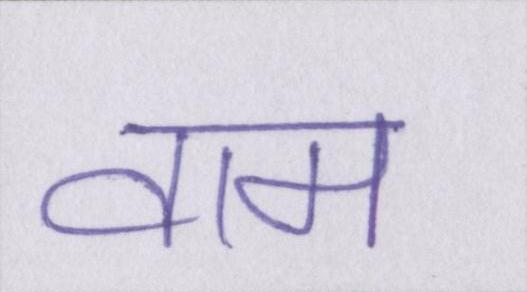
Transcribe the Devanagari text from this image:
वाम